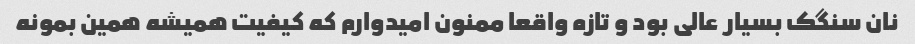
نان سنگک بسیار عالی بود و تازه واقعا ممنون امیدوارم که کیفیت همیشه همین بمونه